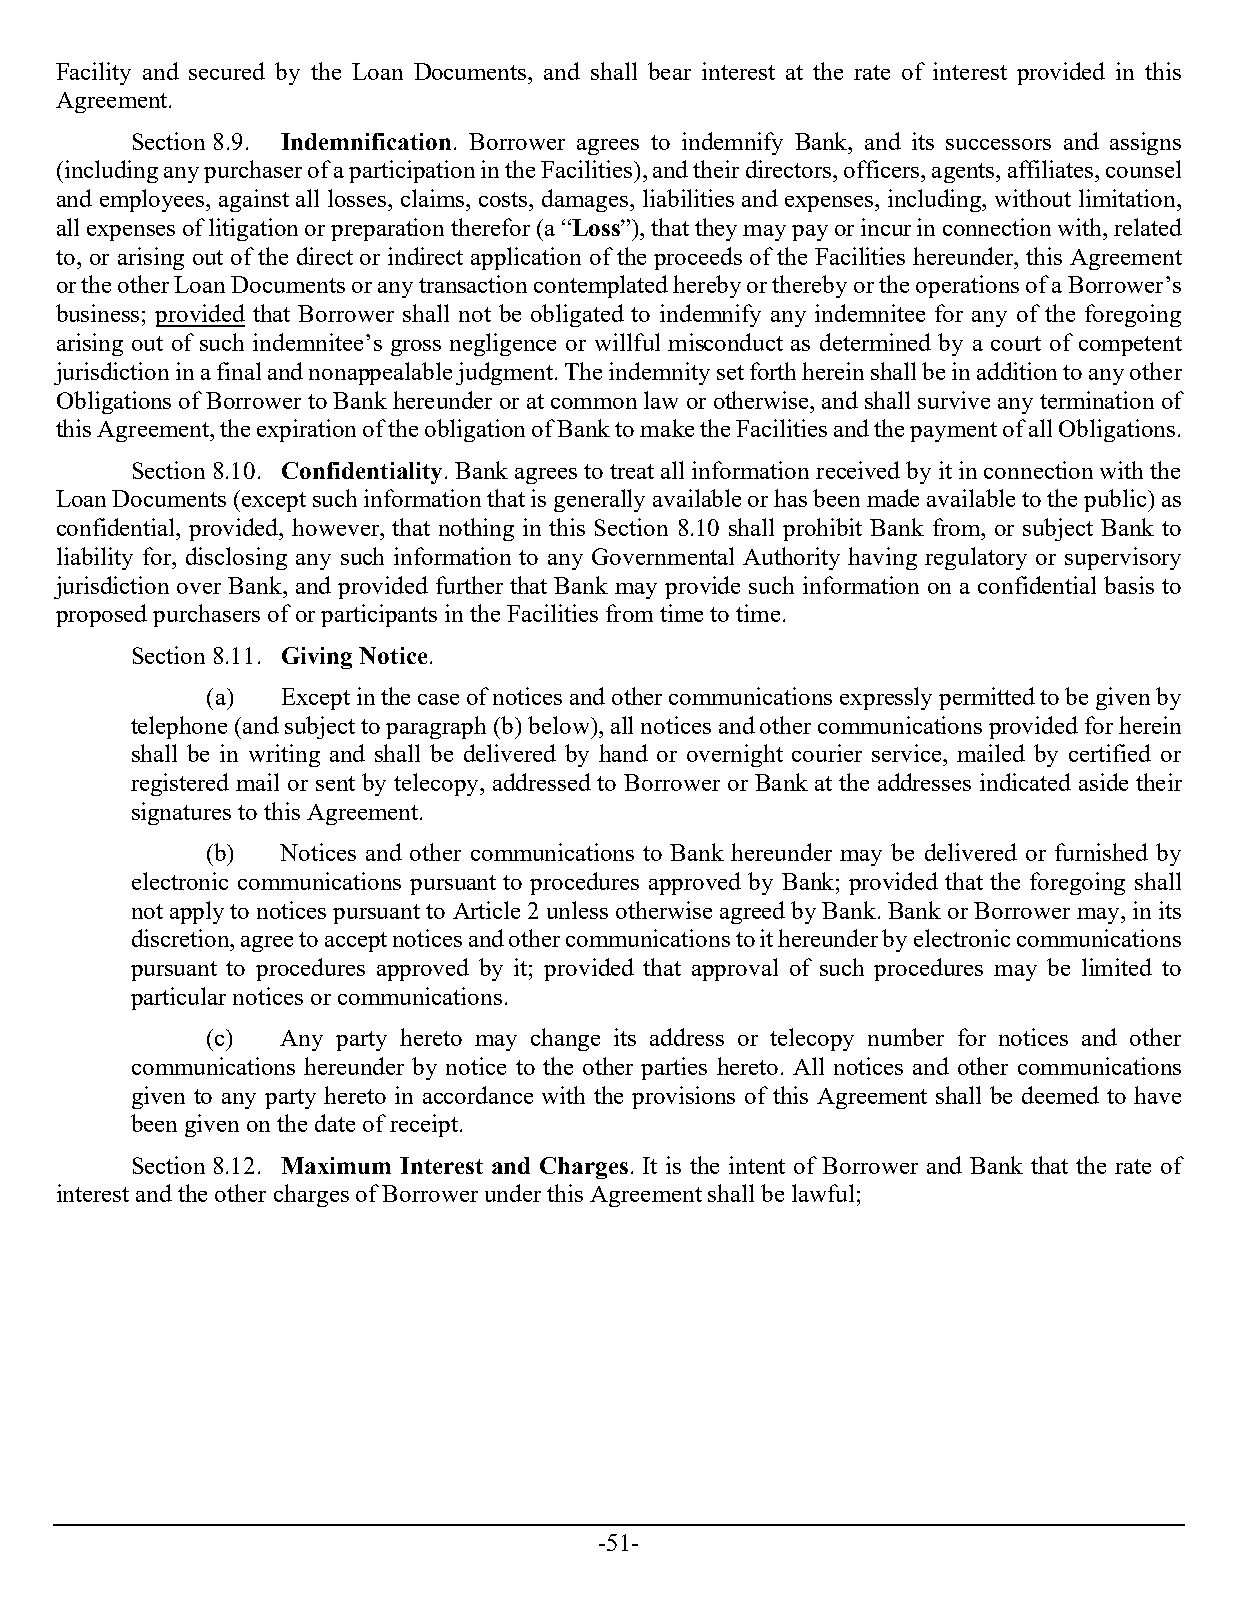
Facility and secured by the Loan Documents, and shall bear interest at the rate of interest provided in this
 Agreement.
 Section 8.9. Indemnification. Borrower agrees to indemnify Bank, and its successors and assigns
 (including any purchaser of a participation in the Facilities), and their directors, officers, agents, affiliates, counsel
 and employees, against all losses, claims, costs, damages, liabilities and expenses, including, without limitation,
 all expenses of litigation or preparation therefor (a “Loss”), that they may pay or incur in connection with, related
 to, or arising out of the direct or indirect application of the proceeds of the Facilities hereunder, this Agreement
 or the other Loan Documents or any transaction contemplated hereby or thereby or the operations of a Borrower’s
 business; provided that Borrower shall not be obligated to indemnify any indemnitee for any of the foregoing
 arising out of such indemnitee’s gross negligence or willful misconduct as determined by a court of competent
 jurisdiction in a final and nonappealable judgment. The indemnity set forth herein shall be in addition to any other
 Obligations of Borrower to Bank hereunder or at common law or otherwise, and shall survive any termination of
 this Agreement, the expiration of the obligation of Bank to make the Facilities and the payment of all Obligations.
 Section 8.10. Confidentiality. Bank agrees to treat all information received by it in connection with the
 Loan Documents (except such information that is generally available or has been made available to the public) as
 confidential, provided, however, that nothing in this Section 8.10 shall prohibit Bank from, or subject Bank to
 liability for, disclosing any such information to any Governmental Authority having regulatory or supervisory
 jurisdiction over Bank, and provided further that Bank may provide such information on a confidential basis to
 proposed purchasers of or participants in the Facilities from time to time.
 Section 8.11. Giving Notice.
 (a)  Except in the case of notices and other communications expressly permitted to be given by
 telephone (and subject to paragraph (b) below), all notices and other communications provided for herein
 shall be in writing and shall be delivered by hand or overnight courier service, mailed by certified or
 registered mail or sent by telecopy, addressed to Borrower or Bank at the addresses indicated aside their
 signatures to this Agreement.
 (b)  Notices and other communications to Bank hereunder may be delivered or furnished by
 electronic communications pursuant to procedures approved by Bank; provided that the foregoing shall
 not apply to notices pursuant to Article 2 unless otherwise agreed by Bank. Bank or Borrower may, in its
 discretion, agree to accept notices and other communications to it hereunder by electronic communications
 pursuant to procedures approved by it; provided that approval of such procedures may be limited to
 particular notices or communications.
 (c)  Any party hereto may change its address or telecopy number for notices and other
 communications hereunder by notice to the other parties hereto. All notices and other communications
 given to any party hereto in accordance with the provisions of this Agreement shall be deemed to have
 been given on the date of receipt.
 Section 8.12. Maximum Interest and Charges. It is the intent of Borrower and Bank that the rate of
 interest and the other charges of Borrower under this Agreement shall be lawful;
 -51-